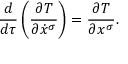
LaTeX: { \frac { d } { d \tau } } \left( { \frac { \partial T } { \partial { \dot { x } } ^ { \sigma } } } \right) = { \frac { \partial T } { \partial x ^ { \sigma } } } .